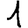
Digit: 1